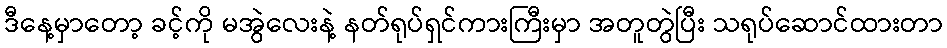
ဒီနေ့မှာတော့ ခင့်ကို မအွဲလေးနဲ့ နတ်ရုပ်ရှင်ကားကြီးမှာ အတူတွဲပြီး သရုပ်ဆောင်ထားတာ